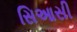
સિઆસી